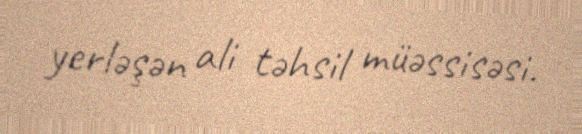
yerləşən ali təhsil müəssisəsi.